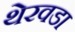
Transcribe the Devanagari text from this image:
थेरवडा